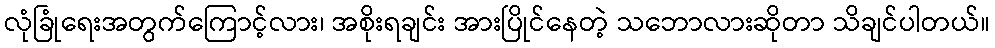
လုံခြုံရေးအတွက်ကြောင့်လား၊ အစိုးရချင်း အားပြိုင်နေတဲ့ သဘောလားဆိုတာ သိချင်ပါတယ်။